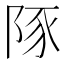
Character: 𮥆